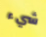
شيء